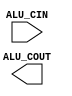
module ALUcontrol(ALU_CIN, ALU_COUT);

input [4:0] ALU_CIN;
output ALU_COUT;

endmodule